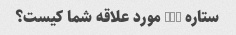
ستاره nba مورد علاقه شما کیست؟